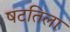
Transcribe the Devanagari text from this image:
षटतिला